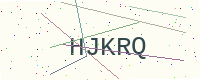
Text: HJKRQ